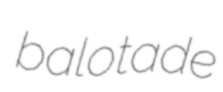
balotade